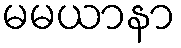
မမယာနာ